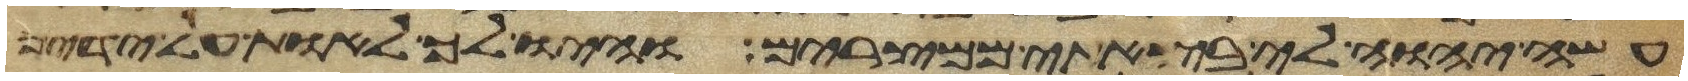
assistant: עשה יהוה לי בצאתי ממצרים והיו לך לאות על ידיך